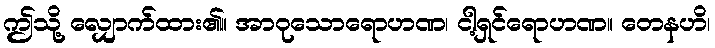
ဤသို့ လျှောက်ထား၏။ အာဝုသောရောဟဏ၊ ငါ့ရှင်ရောဟဏ။ တေနဟိ၊